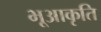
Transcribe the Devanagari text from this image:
भूआकृति